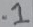
Text: .1